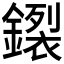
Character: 𰽊